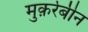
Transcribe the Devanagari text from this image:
मुक़र्रेबीन